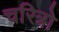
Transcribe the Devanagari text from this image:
चरित्रो